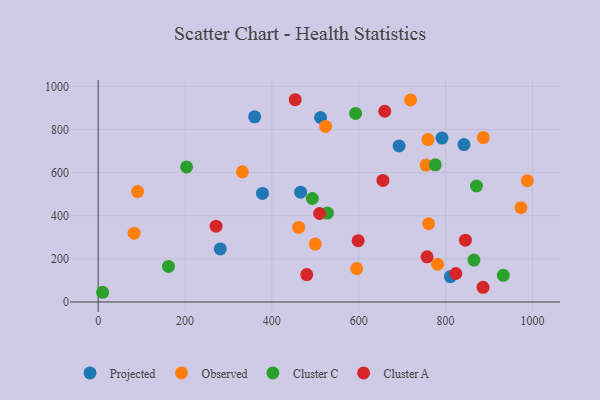
{"axis": {"x": "Ad Spend", "y": "Profit"}, "legend": ["Cluster A", "Cluster C", "Observed", "Projected"], "data": [{"x": "811.1", "y": 118.0, "type": "Projected"}, {"x": "378.4", "y": 503.5, "type": "Projected"}, {"x": "842.4", "y": 730.0, "type": "Projected"}, {"x": "692.9", "y": 724.0, "type": "Projected"}, {"x": "791.8", "y": 760.4, "type": "Projected"}, {"x": "281.2", "y": 246.0, "type": "Projected"}, {"x": "512.1", "y": 855.8, "type": "Projected"}, {"x": "360.3", "y": 858.9, "type": "Projected"}, {"x": "466.2", "y": 509.3, "type": "Projected"}, {"x": "595.3", "y": 155.0, "type": "Observed"}, {"x": "973.6", "y": 437.5, "type": "Observed"}, {"x": "719.4", "y": 937.1, "type": "Observed"}, {"x": "90.8", "y": 512.3, "type": "Observed"}, {"x": "82.7", "y": 319.1, "type": "Observed"}, {"x": "886.9", "y": 762.4, "type": "Observed"}, {"x": "461.7", "y": 345.9, "type": "Observed"}, {"x": "523.7", "y": 814.3, "type": "Observed"}, {"x": "988.4", "y": 562.8, "type": "Observed"}, {"x": "760.9", "y": 362.9, "type": "Observed"}, {"x": "499.8", "y": 268.7, "type": "Observed"}, {"x": "332.1", "y": 603.9, "type": "Observed"}, {"x": "755.1", "y": 634.9, "type": "Observed"}, {"x": "759.6", "y": 753.4, "type": "Observed"}, {"x": "781.6", "y": 175.0, "type": "Observed"}, {"x": "592.8", "y": 874.5, "type": "Cluster C"}, {"x": "493.2", "y": 480.0, "type": "Cluster C"}, {"x": "776.3", "y": 636.2, "type": "Cluster C"}, {"x": "162.0", "y": 165.1, "type": "Cluster C"}, {"x": "528.0", "y": 412.3, "type": "Cluster C"}, {"x": "871.1", "y": 537.9, "type": "Cluster C"}, {"x": "203.6", "y": 626.3, "type": "Cluster C"}, {"x": "865.4", "y": 194.6, "type": "Cluster C"}, {"x": "933.0", "y": 123.6, "type": "Cluster C"}, {"x": "10.3", "y": 45.0, "type": "Cluster C"}, {"x": "886.3", "y": 68.1, "type": "Cluster A"}, {"x": "757.4", "y": 209.3, "type": "Cluster A"}, {"x": "845.7", "y": 286.5, "type": "Cluster A"}, {"x": "480.3", "y": 127.1, "type": "Cluster A"}, {"x": "271.5", "y": 351.5, "type": "Cluster A"}, {"x": "598.7", "y": 284.5, "type": "Cluster A"}, {"x": "509.9", "y": 410.5, "type": "Cluster A"}, {"x": "655.8", "y": 563.9, "type": "Cluster A"}, {"x": "660.0", "y": 884.8, "type": "Cluster A"}, {"x": "453.7", "y": 938.2, "type": "Cluster A"}, {"x": "823.7", "y": 132.2, "type": "Cluster A"}]}